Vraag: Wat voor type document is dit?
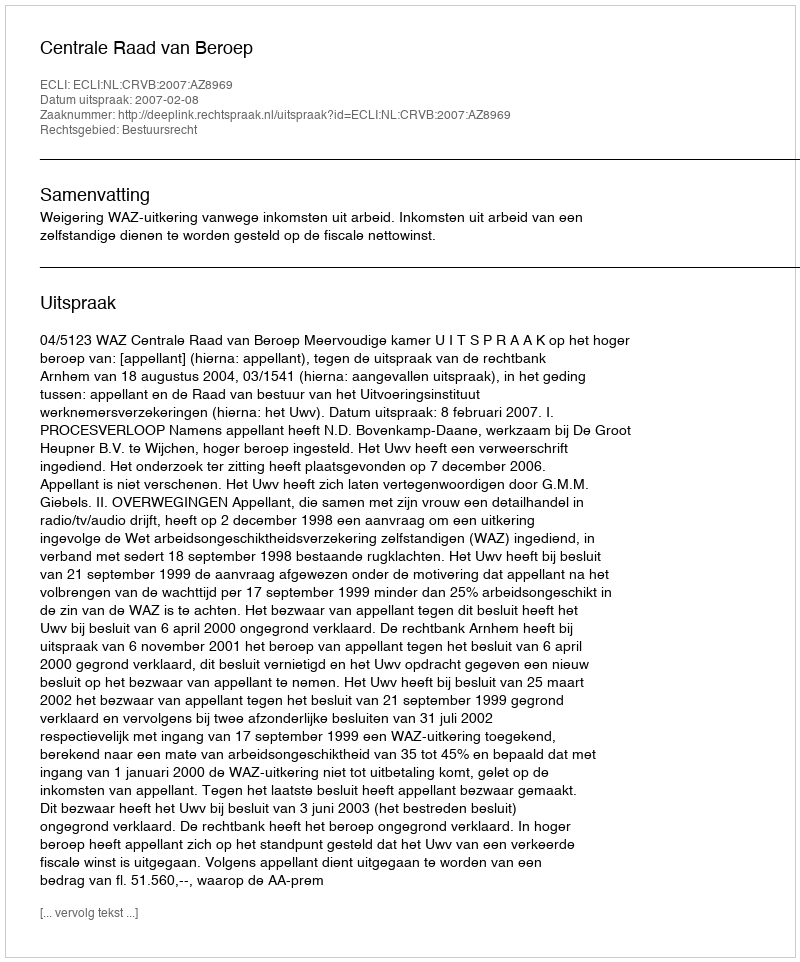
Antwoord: Uitspraak